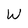
Character: W